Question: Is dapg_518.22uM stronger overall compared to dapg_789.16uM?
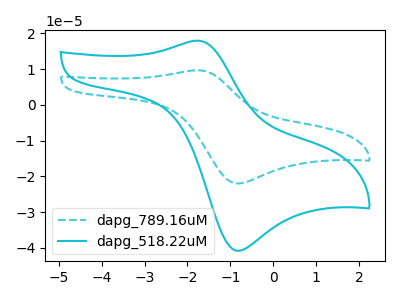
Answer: <think>The cyan dashed curve "dapg_789.16uM" has an anodic peak at (-1.75V, 9.70uA) and a cathodic peak at (-0.80V, -22.00uA). The cyan curve "dapg_518.22uM" has an anodic peak at (-1.75V, 17.95uA) and a cathodic peak at (-0.80V, -40.80uA).
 All the peaks in "dapg_518.22uM" have a peak in "dapg_789.16uM" at the same potential. Every peak in "dapg_518.22uM" is higher than every peak in "dapg_789.16uM".</think>
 <answer>"dapg_518.22uM" has more signal than "dapg_789.16uM".</answer>
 <eval>more_signal</eval>